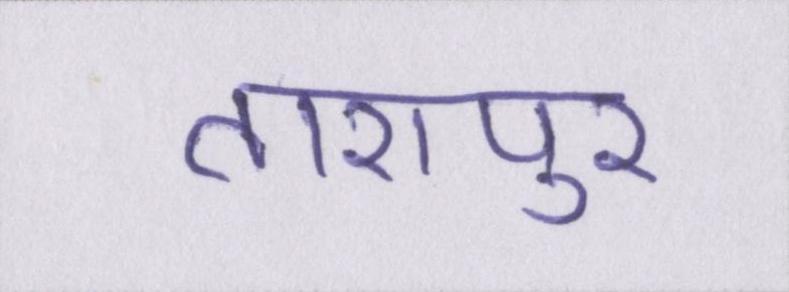
तारापुर